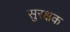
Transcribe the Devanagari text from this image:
सुरक्षक